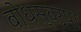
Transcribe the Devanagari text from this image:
बोधस्वरूपा